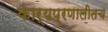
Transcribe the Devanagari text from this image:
कार्यप्रणालीतच